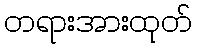
တရားအားထုတ်